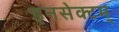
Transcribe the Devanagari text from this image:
इनसेक्टम्‌